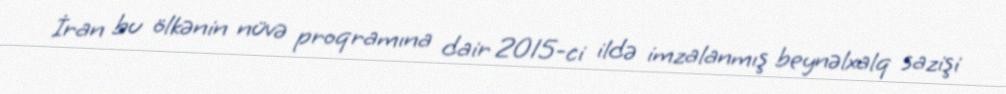
İran bu ölkənin nüvə proqramına dair 2015-ci ildə imzalanmış beynəlxalq sazişi